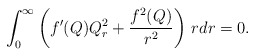
\begin{align*}\int_0^{\infty}\left(f'(Q)Q_r^2+\frac{f^2(Q)}{r^2}\right)\,rdr=0.\end{align*}